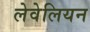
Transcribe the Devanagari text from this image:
लेवेलियन